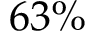
6 3 \%